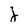
Character: j